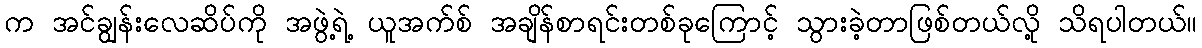
က အင်ချွန်းလေဆိပ်ကို အဖွဲ့ရဲ့ ယူအက်စ် အချိန်စာရင်းတစ်ခုကြောင့် သွားခဲ့တာဖြစ်တယ်လို့ သိရပါတယ်။